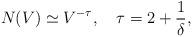
LaTeX: \begin{align*}N(V) \simeq V^{-\tau}, ~~~ \tau = 2 + \frac{1}{\delta},\end{align*}